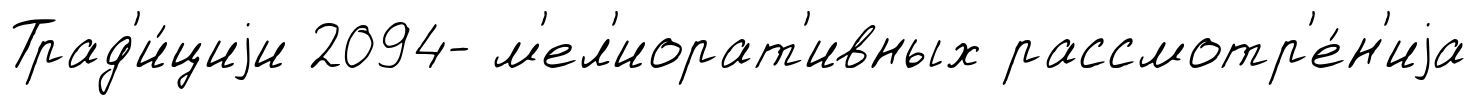
Трад'и́циjи 2094- м'ел'иорат'ивных рассмотр'е́н'иjа